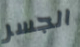
الجسر